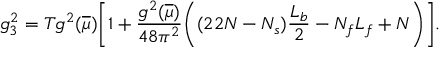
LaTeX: g _ { 3 } ^ { 2 } = T g ^ { 2 } ( \overline { { { \mu } } } ) \biggl [ 1 + { \frac { g ^ { 2 } ( \overline { { { \mu } } } ) } { 4 8 \pi ^ { 2 } } } \biggl ( ( 2 2 N - N _ { s } ) { \frac { L _ { b } } { 2 } } - N _ { f } L _ { f } + N \biggr ) \biggr ] .